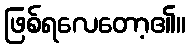
ဖြစ်ရလေတော့၏။